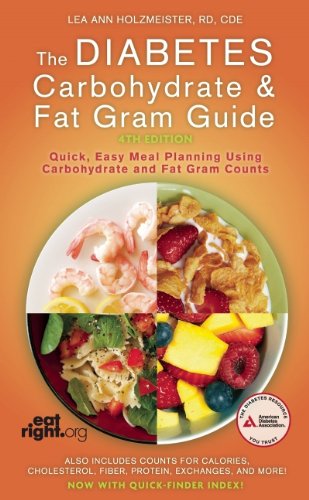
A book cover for The Diabetes Carbohydrate and Fat Gram Guide; R.D. Lea Ann Holzmeister R.D.; Health, Fitness & Dieting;